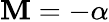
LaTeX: \mathbf{M}=-\alpha